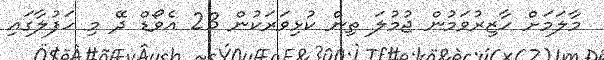
މާލަމަށް ހާޒިރުވަމުން ޖުމުލަ ތިން ކުޅިވަރަކުން 23 އެވޯޑް ދޭ މި ހަފުލާގައި